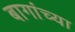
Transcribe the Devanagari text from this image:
बागांच्या